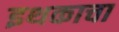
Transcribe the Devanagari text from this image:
इथकाचा